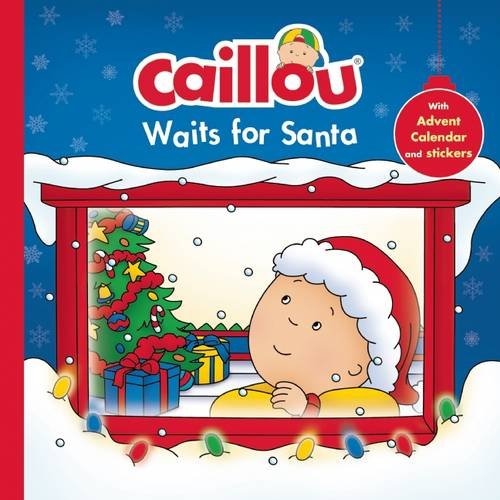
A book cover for Caillou Waits for Santa: Christmas Special Edition with Advent calendar; Calendars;